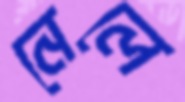
নেলে